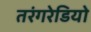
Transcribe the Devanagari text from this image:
तरंगरेडियो